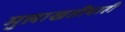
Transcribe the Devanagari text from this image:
मुलाखतीचाही